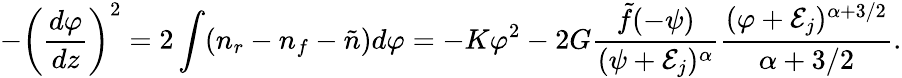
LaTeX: -\left({\frac{d\varphi}{dz}}\right)^{2}=2\int(n_{r}-n_{f}-\tilde{n})d\varphi=-K\varphi^{2}-2G{\frac{\tilde{f}(-\psi)}{(\psi+{\cal E}_{j})^{\alpha}}}{\frac{(\varphi+{\cal E}_{j})^{\alpha+3/2}}{\alpha+3/2}}.